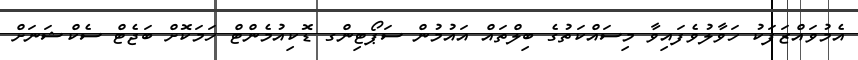
އެމުވައްޒަފަކު ހަވާލުވެފައިވާ މިސައްކަތުގެ ބިލްތައް އައުމުން ސަޕޯޓިންގ ޑޮކިއުމެންޓް ހަމަކޮށް ބަޖެޓް ސެކްޝަނަށް